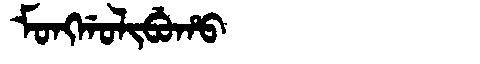
Manchu: ᠮᠣᠩᡤᠣᠯᡳᠪᡠᡥᠣ
Romanization: MONGGOLIBUHO